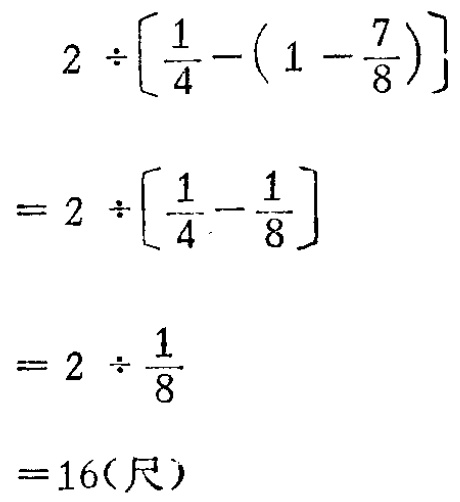
\[

\begin{align*}

&2\div\left[\frac{1}{4}-\left(1 - \frac{7}{8}\right)\right]\\

=&2\div\left[\frac{1}{4}-\frac{1}{8}\right]\\

=&2\div\frac{1}{8}\\

=&16(\text{尺})

\end{align*}

\]